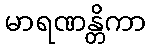
မာရဏန္တိကာ